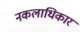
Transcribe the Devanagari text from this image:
नकलाधिकार